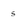
Character: 5